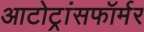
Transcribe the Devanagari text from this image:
आटोट्रांसफॉर्मर